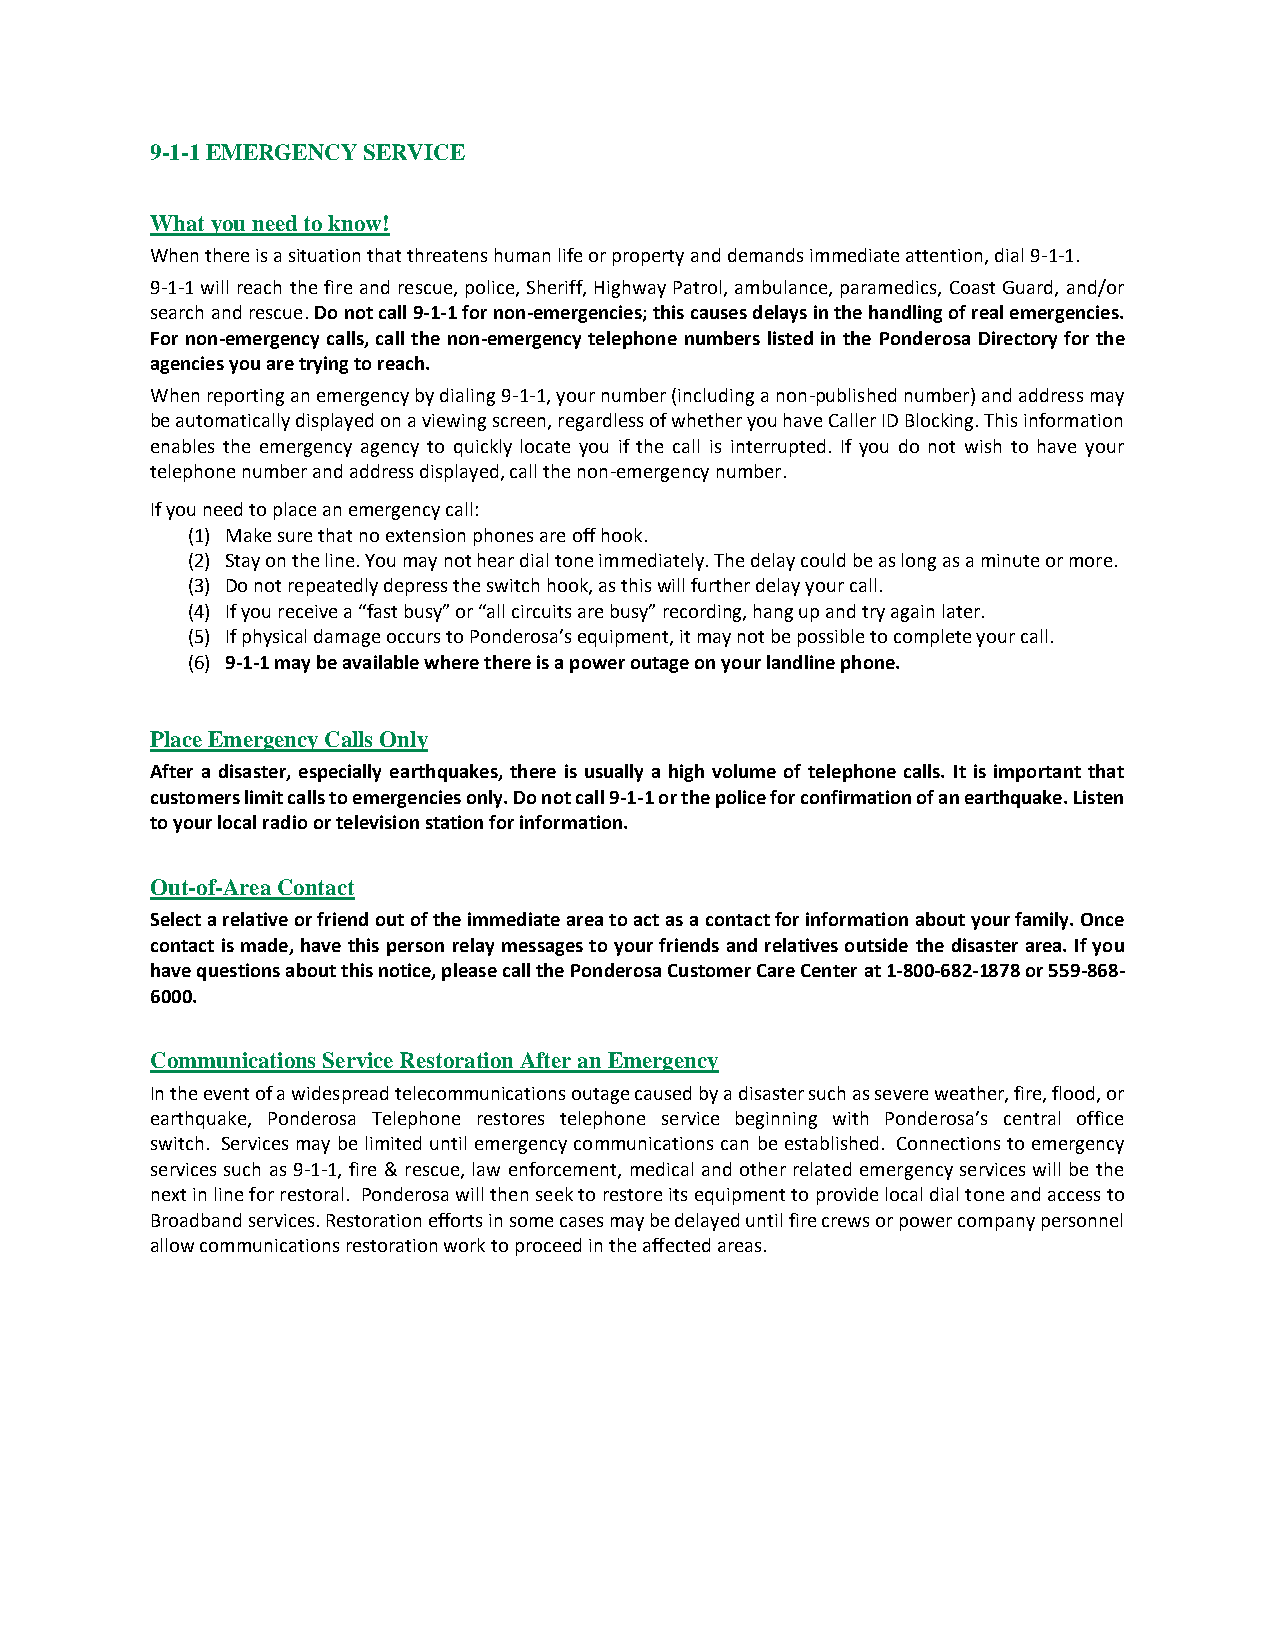
9-1-1 EMERGENCY SERVICE
 What you need to know!
 When there is a situation that threatens human life or property and demands immediate attention, dial 9-1-1.
 9-1-1 will reach the fire and rescue, police, Sheriff, Highway Patrol, ambulance, paramedics, Coast Guard, and/or
 search and rescue. Do not call 9-1-1 for non-emergencies; this causes delays in the handling of real emergencies.
 For non-emergency calls, call the non-emergency telephone numbers listed in the Ponderosa Directory for the
 agencies you are trying to reach.
 When reporting an emergency by dialing 9-1-1, your number (including a non-published number) and address may
 be automatically displayed on a viewing screen, regardless of whether you have Caller ID Blocking. This information
 enables the emergency agency to quickly locate you if the call is interrupted. If you do not wish to have your
 telephone number and address displayed, call the non-emergency number.
 If you need to place an emergency call:
 (1) Make sure that no extension phones are off hook.
 (2) Stay on the line. You may not hear dial tone immediately. The delay could be as long as a minute or more.
 (3) Do not repeatedly depress the switch hook, as this will further delay your call.
 (4) If you receive a “fast busy” or “all circuits are busy” recording, hang up and try again later.
 (5) If physical damage occurs to Ponderosa’s equipment, it may not be possible to complete your call.
 (6) 9-1-1 may be available where there is a power outage on your landline phone.
 Place Emergency Calls Only
 After a disaster, especially earthquakes, there is usually a high volume of telephone calls. It is important that
 customers limit calls to emergencies only. Do not call 9-1-1 or the police for confirmation of an earthquake. Listen
 to your local radio or television station for information.
 Out-of-Area Contact
 Select a relative or friend out of the immediate area to act as a contact for information about your family. Once
 contact is made, have this person relay messages to your friends and relatives outside the disaster area. If you
 have questions about this notice, please call the Ponderosa Customer Care Center at 1-800-682-1878 or 559-868-
 6000.
 Communications Service Restoration After an Emergency
 In the event of a widespread telecommunications outage caused by a disaster such as severe weather, fire, flood, or
 earthquake, Ponderosa Telephone restores telephone service beginning with Ponderosa’s central office
 switch. Services may be limited until emergency communications can be established. Connections to emergency
 services such as 9-1-1, fire & rescue, law enforcement, medical and other related emergency services will be the
 next in line for restoral. Ponderosa will then seek to restore its equipment to provide local dial tone and access to
 Broadband services. Restoration efforts in some cases may be delayed until fire crews or power company personnel
 allow communications restoration work to proceed in the affected areas.